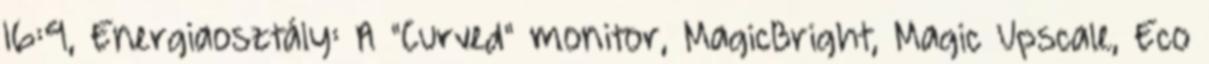
16:9, Energiaosztály: A "Curved" monitor, MagicBright, Magic Upscale, Eco